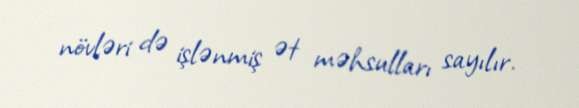
növləri də işlənmiş ət məhsulları sayılır.